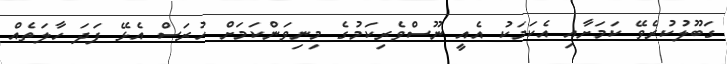
ގަބޫލުކުރެވޭ ކަމަށާއި އެކަމަކު އެއީ ނޫސްވެރިކަމުގެ މިނިވަންކަމަށް ހުރަސް އެޅޭ ފަދަ ހާލަތެއް